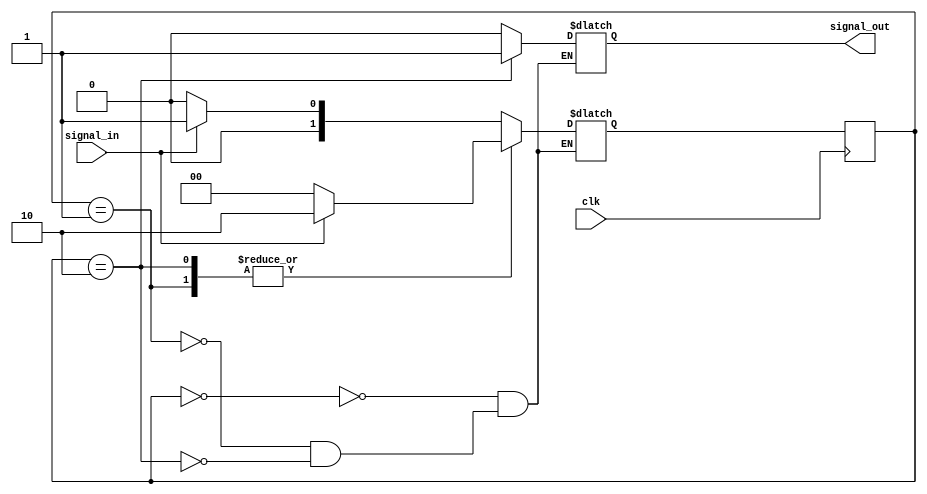
module debounce_circuit(
    input wire signal_in,
    input wire clk,
    output reg signal_out
);

// Define states for the FSM
parameter IDLE = 2'b00;
parameter WAIT = 2'b01;
parameter DEBOUNCE = 2'b10;

// Define state register and next state logic
reg [1:0] state, next_state;

always @(posedge clk) begin
    state <= next_state;
end

always @(*) begin
    case(state)
        IDLE: begin
            if(signal_in) begin
                next_state = WAIT;
            end else begin
                next_state = IDLE;
            end
        end
        WAIT: begin
            if(signal_in) begin
                next_state = DEBOUNCE;
            end else begin
                next_state = IDLE;
            end
        end
        DEBOUNCE: begin
            if(signal_in) begin
                next_state = DEBOUNCE;
            end else begin
                next_state = IDLE;
            end
        end
    endcase
end

// Output logic to stabilize and debounce the signal
always @(state) begin
    case(state)
        IDLE: signal_out <= 1'b0;
        WAIT: signal_out <= 1'b0;
        DEBOUNCE: signal_out <= 1'b1;
    endcase
end

endmodule